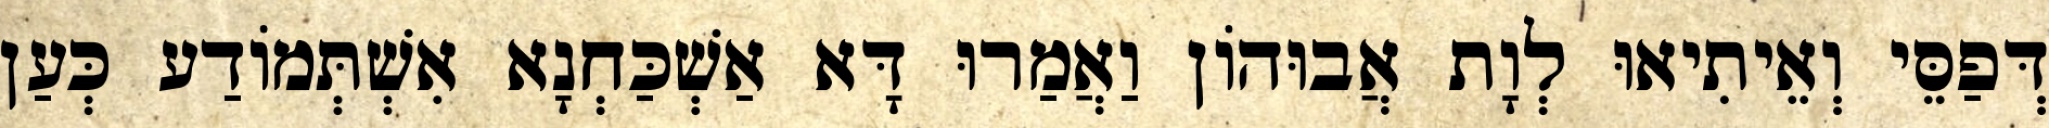
דְּפַסֵּי וְאֵיתִיאוּ לְוָת אֲבוּהוֹן וַאֲמַרוּ דָּא אַשְׁכַּחְנָא אִשְׁתְּמוֹדַע כְּעַן